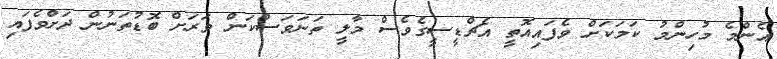
އެންމެ މުހިންމު ކަމަކަށް ވެފައިއޮތީ އެޗްޑީސީގެވެސް މާލީ ތަނަވަސްކަން ވަރަށް ބޮޑުތަނުން ދަށްވެފައި